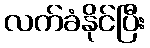
လက်ခံနိုင်ပြီး